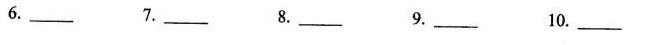
6.___ 7.___ 8.___ 9.___ 10___